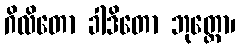
ဂိလိတော ခါဒိတော ဘုတ္တော၊